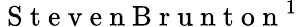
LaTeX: \mathrm{~S~t~e~v~e~n~B~r~u~n~t~o~n~}^{1}